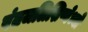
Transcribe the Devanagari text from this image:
पंतजलिशिष्येभ्यो